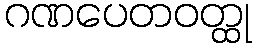
ဂဏပေတဝတ္ထု